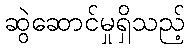
ဆွဲဆောင်မှုရှိသည့်